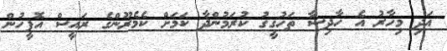
އަދި މިހާރު އެ ހާދިސާ ތަހުގީގު ކުރަމުންދާ ކަމަށް ކެމެރޫންގެ ރައީސް އޮފީހުން